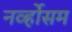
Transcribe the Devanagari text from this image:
नर्व्होसम